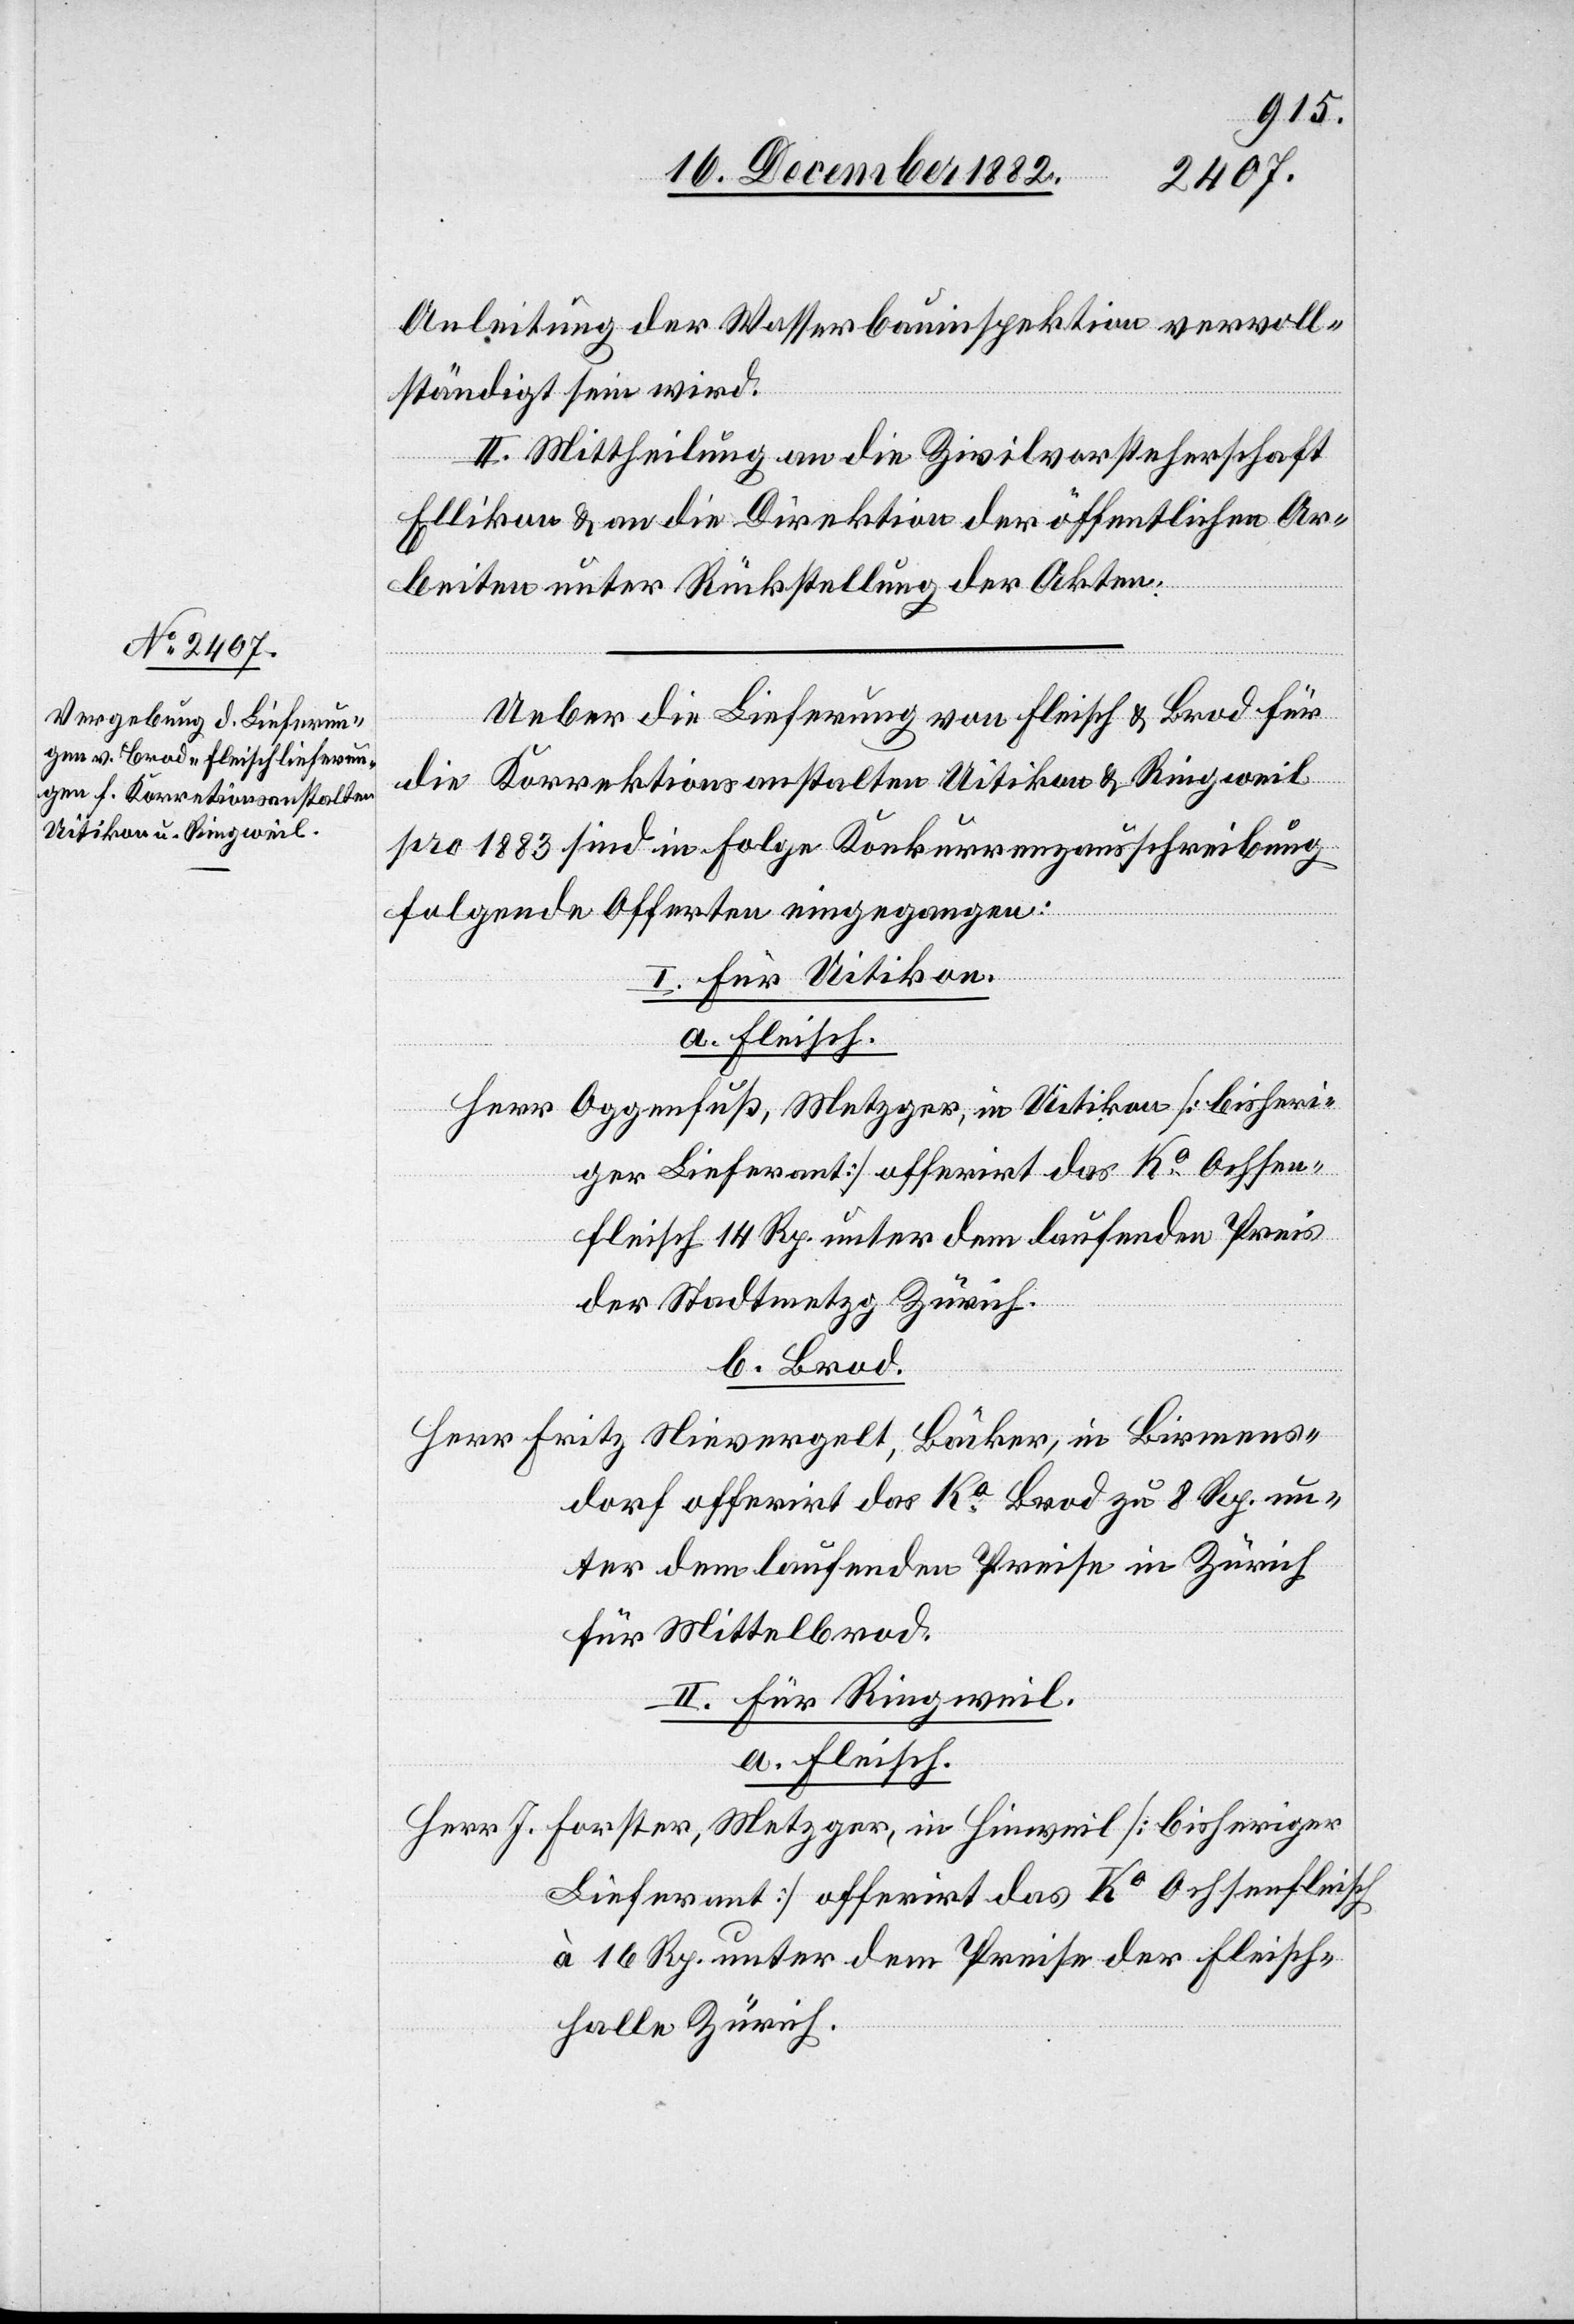
Anleitung der Wasserbauinspektion vervoll¬
ständigt sein wird.
II. Mittheilung an die Zivilvorsteherschaft
Ellikon & an die Direktion der öffentlichen Ar¬
beiten unter Rückstellung der Akten.
Ueber die Lieferung von Fleisch & Brod für
die Korrektionsanstalten Uitikon & Ringweil
pro 1883 sind in Folge Konkurrenzausschreibung
folgende Offerten eingegangen:
I. Für Uitikon.
a. Fleisch.
Herr Oggenfuß, Metzger, in Uitikon [bisheri¬
ger Lieferant] offerirt das Ko Ochsen¬
fleisch 14 Rp. unter dem laufenden Preis
der Stadtmetzg Zürich.
b. Brod.
Herr Fritz Nievergelt, Bäcker, in Birmens¬
dorf offerirt das Ko Brod zu 8 Rp. un¬
ter dem laufenden Preise in Zürich
für Mittelbrod.
a. Fleisch.
Herr J. Forster, Metzger, in Hinweil [bisheriger
Lieferant] offerirt das Ko Ochsenfleisch
à 16 Rp. unter dem Preise der Fleisch¬
hallte Zürich.